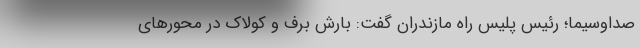
صداوسیما؛ رئیس پلیس راه مازندران گفت: بارش برف و کولاک در محورهای